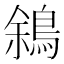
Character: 䳜